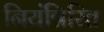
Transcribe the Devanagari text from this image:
नियंत्रिरित